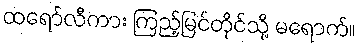
ထရော်လီကား ကြည့်မြင်တိုင်သို့ မရောက်။